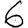
Digit: 6